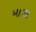
માણ